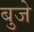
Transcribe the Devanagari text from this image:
बुजे